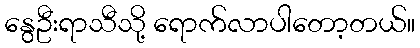
နွေဦးရာသီသို့ ရောက်လာပါတော့တယ်။